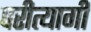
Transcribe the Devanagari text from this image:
परीत्यागी